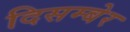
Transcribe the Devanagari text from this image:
दिसम्बेर